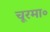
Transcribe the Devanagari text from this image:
चूरमा॰